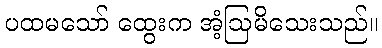
ပထမသော် ထွေးက အံ့ဩမိသေးသည်။